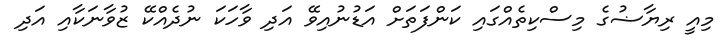
މިއީ ރިޔާޟުގެ މިސްކިތެއްގައި ކަންފަތަށް އަޑުނުއިވޭ އަދި ވާހަކަ ނުދެއްކޭ ޒުވާނަކާއި އަދި